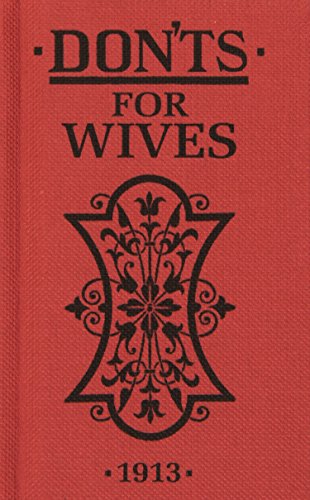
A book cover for Don'ts for Wives; Blanche Ebbutt; Politics & Social Sciences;